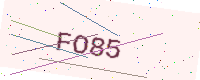
Text: FO85